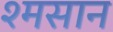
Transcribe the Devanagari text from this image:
श्मसान